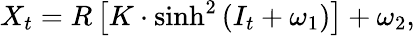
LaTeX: X_{t}=R\left[K\cdot\sinh^{2}\left(I_{t}+\omega_{1}\right)\right]+\omega_{2},